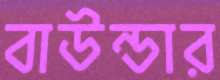
বাউন্ডার